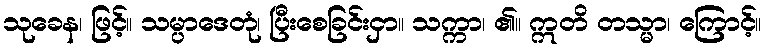
သုခေန၊ ဖြင့်။ သမ္ပာဒေတုံ၊ ပြီးစေခြင်းငှာ။ သက္ကာ၊ ၏။ ဣတိ တသ္မာ၊ ကြောင့်။